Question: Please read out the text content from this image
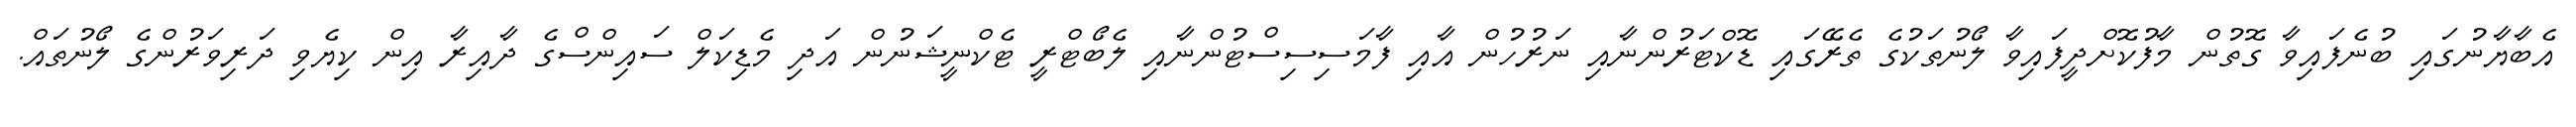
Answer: އެބާޔާނުގައި ބުނެފައިވާ ގޮތުން މާފުކޮށްދީފައިވާ ލޯނުތަކުގެ ތެރޭގައި ޑޮކްޓަރުންނާއި ނަރުހުން އާއި ފާމަސިސިސްޓުންނާއި ލެބޯޓްރީ ޓެކްނީޝަނުން އަދި މެޑިކަލް ސައިންސްގެ ދާއިރާ އިން ކިޔެވި ދަރިވަރުންގެ ލޯނުތައް.